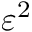
\varepsilon ^ { 2 }